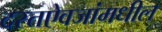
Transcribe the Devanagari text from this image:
दस्तऐवजांमधील